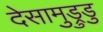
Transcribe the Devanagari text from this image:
देसामुड्रुडु